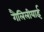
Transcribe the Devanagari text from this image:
गैलिलीयाई